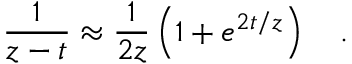
\frac { 1 } { z - t } \approx \frac { 1 } { 2 z } \left( 1 + e ^ { 2 t / z } \right) \quad .